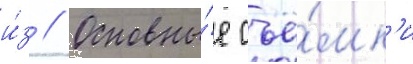
и́з // Основны́е съё́мк'и